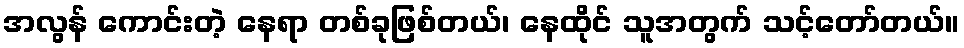
အလွန် ကောင်းတဲ့ နေရာ တစ်ခုဖြစ်တယ်၊ နေထိုင် သူအတွက် သင့်တော်တယ်။